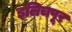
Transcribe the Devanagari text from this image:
इलिचपूर